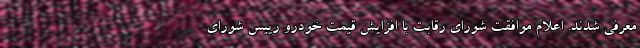
معرفی شدند. اعلام موافقت شورای رقابت با افزایش قیمت خودرو رییس شورای